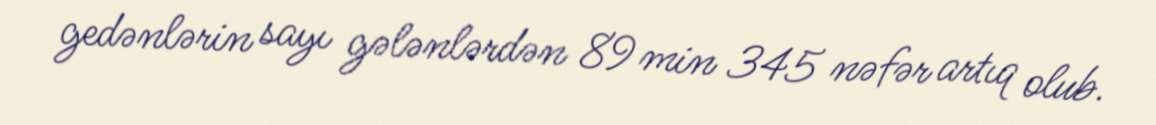
gedənlərin sayı gələnlərdən 89 min 345 nəfər artıq olub.